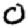
Digit: 0